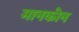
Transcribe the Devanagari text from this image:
मानकोन